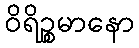
ဝိရိဉ္စမာနော